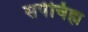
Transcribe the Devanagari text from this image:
सर्पचिह्म